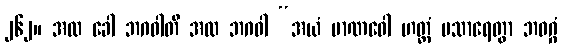
၂၆၂။ အထ ခေါ ဘဂဝါတိ အထ ဘဂဝါ “အယံ မာဏဝေါ ဟတ္ထံ ပသာရေတွာ ဘဝဂ္ဂံ